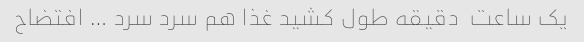
یک ساعت  دقیقه طول کشید غذا هم سرد سرد … افتضاح